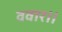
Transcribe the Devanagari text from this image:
ववार॥